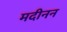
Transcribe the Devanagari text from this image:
मदीनन